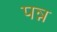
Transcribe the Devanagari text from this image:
पन्न